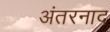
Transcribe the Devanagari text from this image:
अंतरनाद